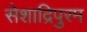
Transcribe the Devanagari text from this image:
सेशाद्रिपुरम